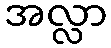
အလ္လာ